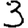
Digit: 3